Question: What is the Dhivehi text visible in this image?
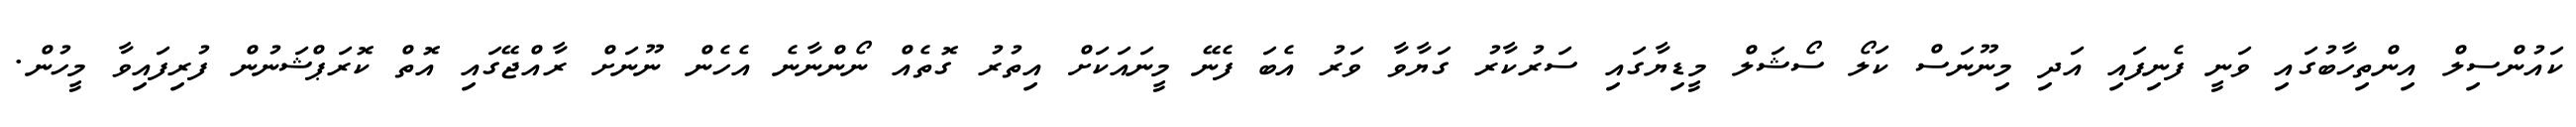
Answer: ކައުންސިލް އިންތިހާބުގައި ވަނީ ފެނިފައި އަދި މިނޫނަސް ކަލޯ ސޯޝަލް މީޑިޔާގައި ސަރުކާރު ގަޔާވާ ވަރު އެބަ ފެނޭ މީނައަކަށް އިތުރު ގޮތެއް ނޯންނާނެ އެހެން ނޫނަށް ރާއްޖޭގައި އޮތް ކޮރަޕްޝަނުން ފުރިފައިވާ މީހުން.